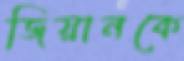
জিয়ানকে